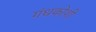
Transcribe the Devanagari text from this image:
गंधकोशी